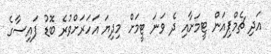
އަދި ޗެމްޕިއަން ޓީމަށާއި ދެ ވަނަ ޓީމަށް މިދިޔަ އަހަރަށްވުރެ ބޮޑު ފައިސާގެ